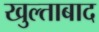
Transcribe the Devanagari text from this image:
खुल्ताबाद